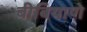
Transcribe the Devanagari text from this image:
बीबियाणे